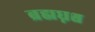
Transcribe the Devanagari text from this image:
ब्रह्मघ्नश्च